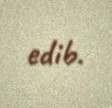
edib.